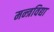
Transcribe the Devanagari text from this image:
मन्त्रविद्या